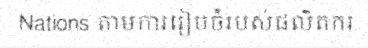
Nations តាមការរៀបចំរបស់ផលិតករ